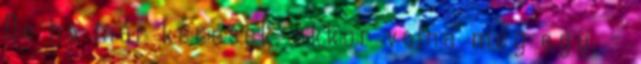
De ha már kérések, akkor volna még egy. -